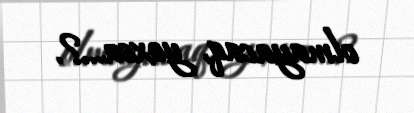
olmayacaq, yoxsa...?.